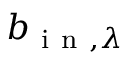
b _ { \mathrm { ~ i ~ n ~ } , \lambda }